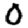
Digit: 0